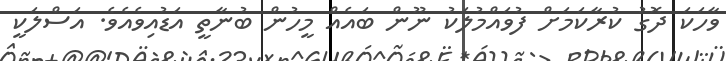
ވާހަކަ ދޮގު ކުރާކަމަށް ފުވައްމުލަކު ނޫން ބައެއް މީހުން ބުނާތީ އަޑުއިވެއެވެ. އަސްލަކީ